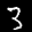
Label: 3